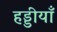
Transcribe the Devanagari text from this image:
हड्डीयाँ